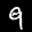
Label: 9